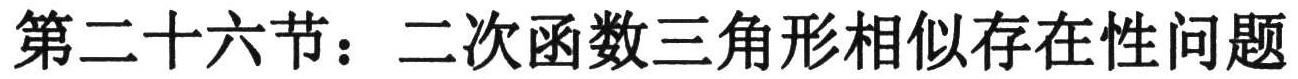
第二十六节：二次函数三角形相似存在性问题